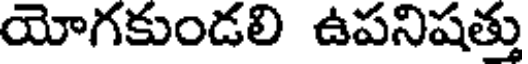
యోగకుండలి ఉపనిషత్తు